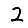
Digit: 2